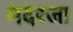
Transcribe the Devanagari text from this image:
मदरजा